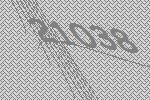
21038